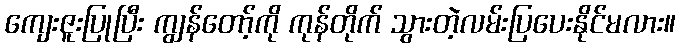
ကျေးဇူးပြုပြီး ကျွန်တော့်ကို ကုန်တိုက် သွားတဲ့လမ်းပြပေးနိုင်မလား။